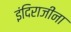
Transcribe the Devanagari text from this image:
इंदिराजींना